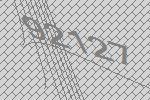
92127